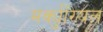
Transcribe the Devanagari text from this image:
मर्क्युरियल